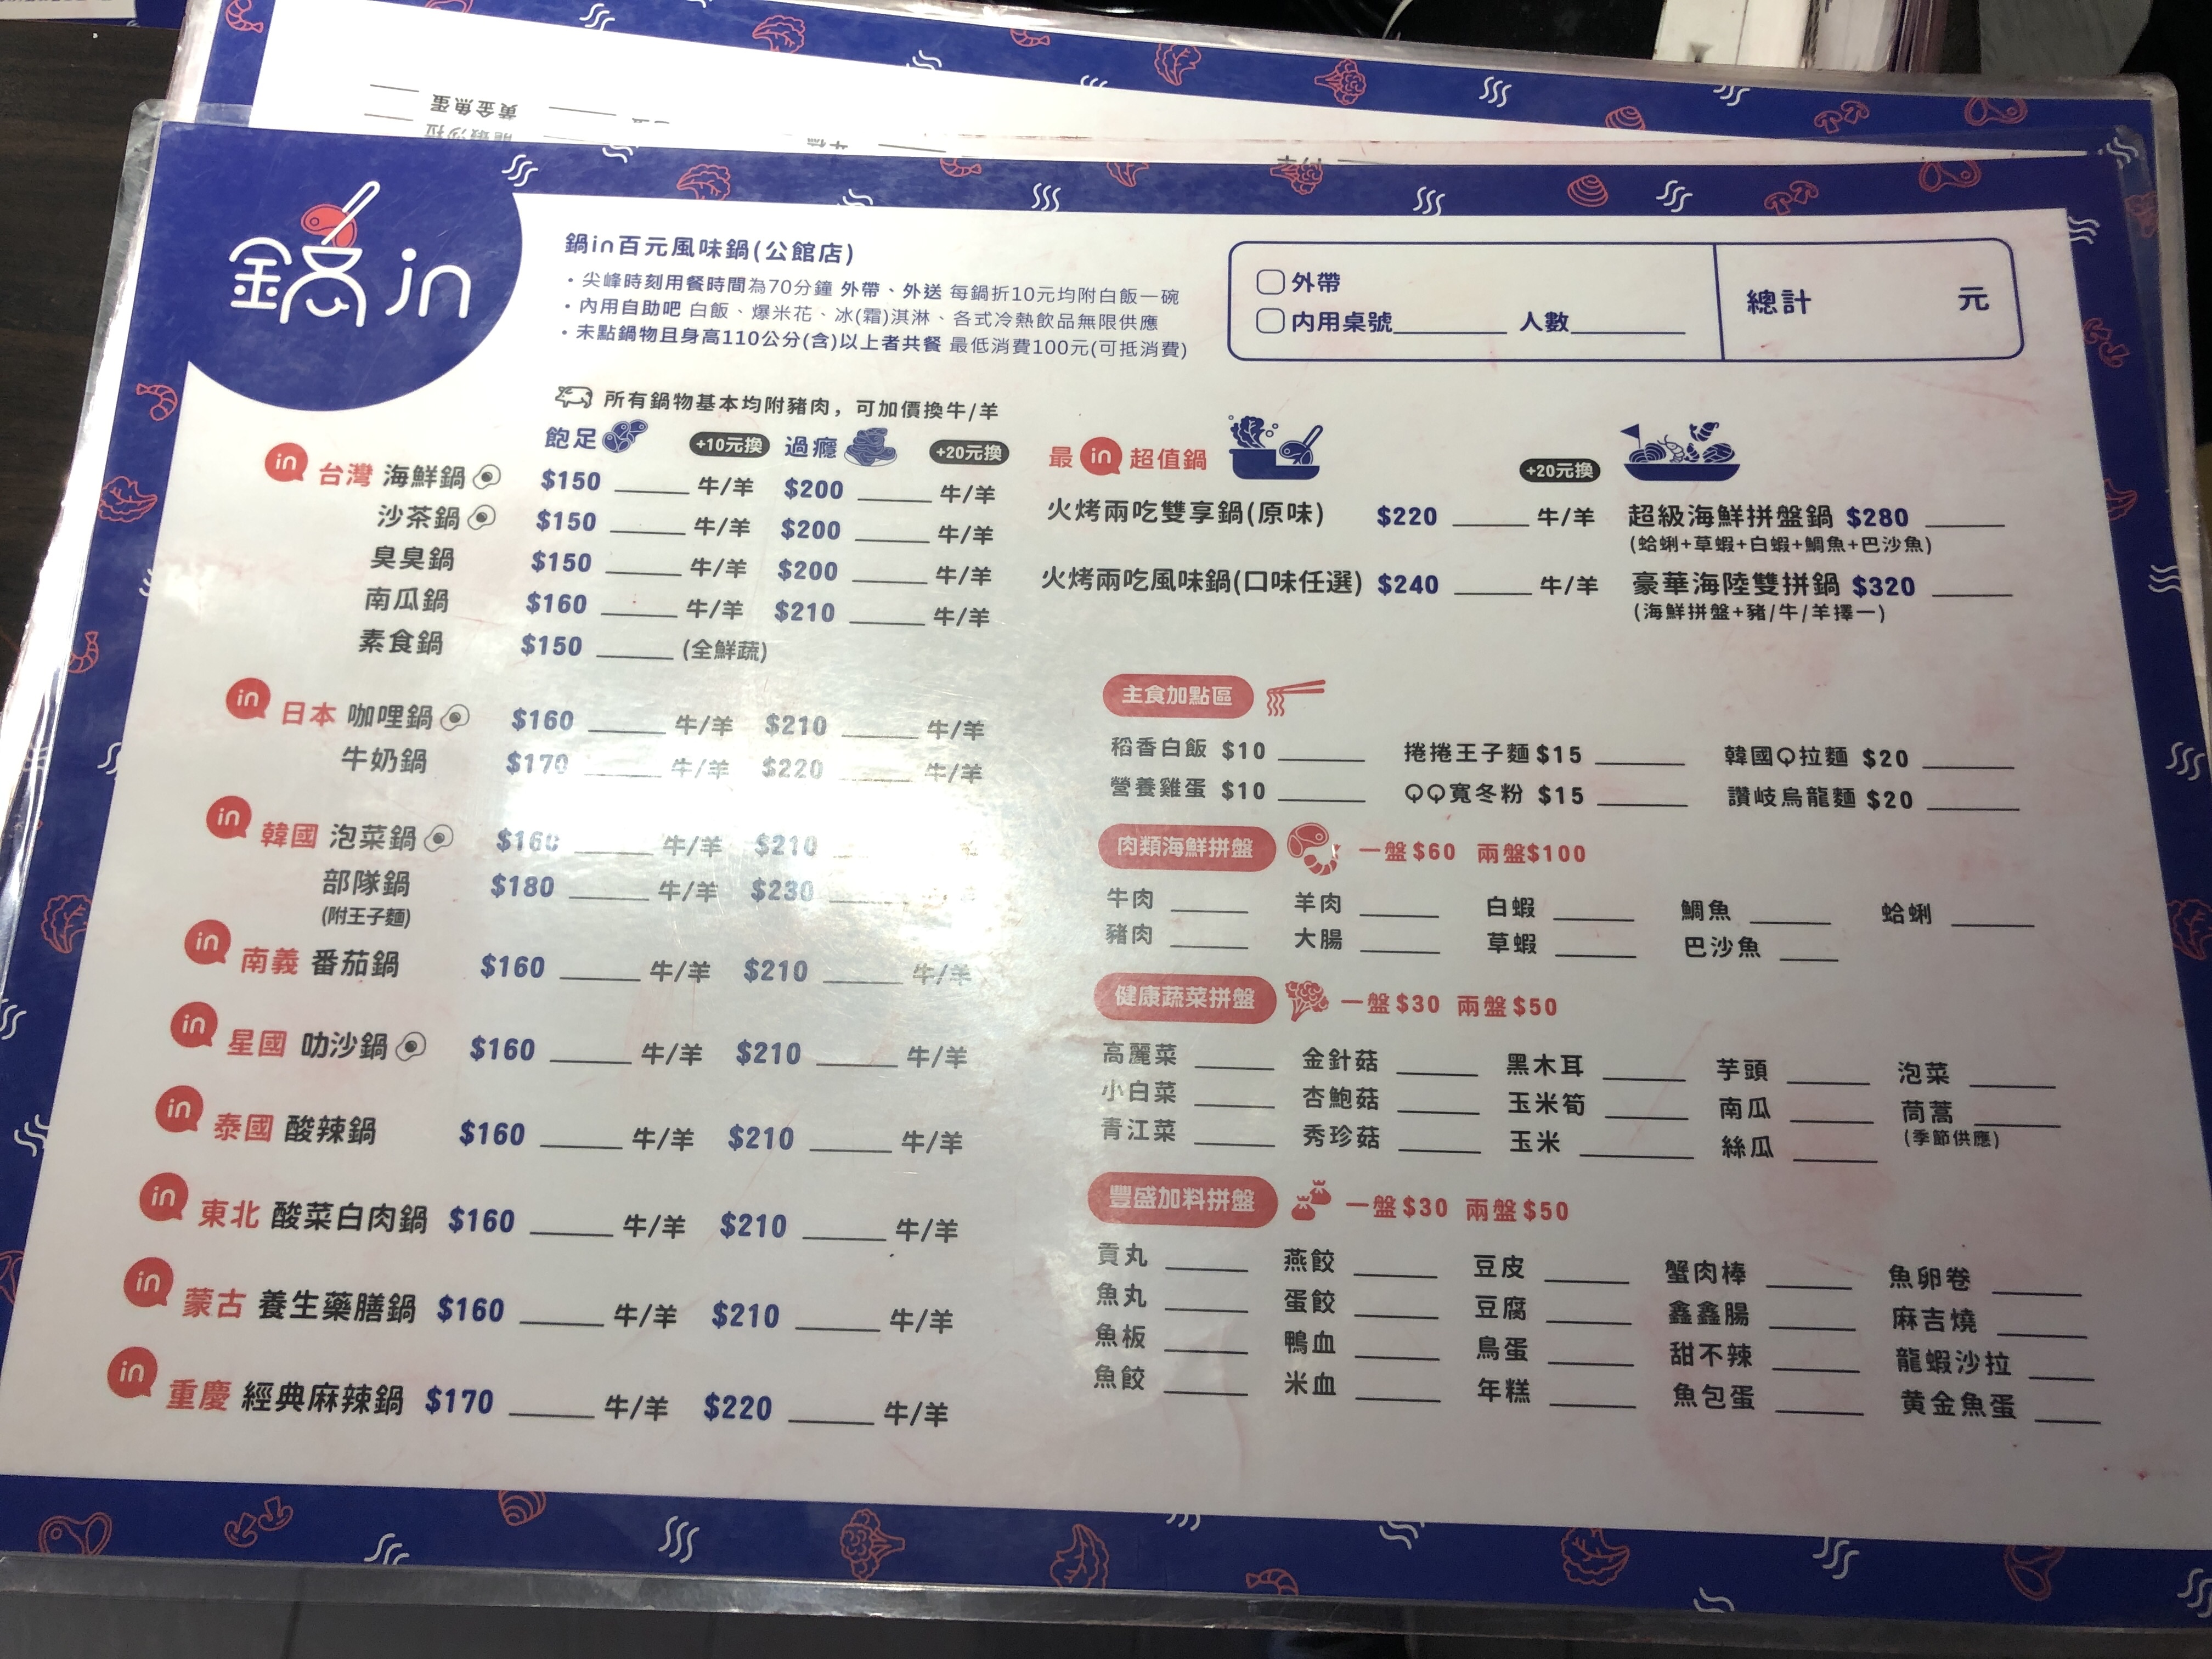
餐廳：金 jin 鍋in百元風味鍋(公館店)
菜單：
name: 台灣海鮮鍋
price: 150
name: 沙茶鍋
price: 150
name: 麻辣鍋
price: 160
name: 南瓜鍋
price: 150
name: 素食鍋
price: 150
name: 日本咖哩鍋
price: 160
name: 牛奶鍋
price: 170
name: 韓國泡菜鍋
price: 160
name: 部隊鍋 (附王子麵)
price: 180
name: 南義番茄鍋
price: 160
name: 星國叻沙鍋
price: 160
name: 泰國酸辣鍋
price: 160
name: 東北酸菜白肉鍋
price: 160
name: 蒙古養生藥膳鍋
price: 160
name: 重慶經典麻辣鍋
price: 170
name: 火烤兩吃雙享鍋(原味)
price: 220
name: 火烤兩吃風味鍋(口味任選)
price: 240
name: 超級海鮮拼盤鍋
price: 280
name: 豪華海陸雙拼鍋
price: 320
name: 稻香白飯
price: 10
name: 營養雞蛋
price: 10
name: 捲捲王子麵
price: 15
name: QQ寬冬粉
price: 15
name: 韓國Q拉麵
price: 20
name: 讚岐烏龍麵
price: 20
name: 肉類海鮮拼盤 (一盤)
price: 60
name: 肉類海鮮拼盤 (兩盤)
price: 100
name: 牛肉
price: -1
name: 豬肉
price: -1
name: 羊肉
price: -1
name: 大腸
price: -1
name: 白蝦
price: -1
name: 草蝦
price: -1
name: 鯛魚
price: -1
name: 巴沙魚
price: -1
name: 蛤蜊
price: -1
name: 健康蔬菜拼盤 (一盤)
price: 30
name: 健康蔬菜拼盤 (兩盤)
price: 50
name: 高麗菜
price: -1
name: 小白菜
price: -1
name: 青江菜
price: -1
name: 芋頭
price: -1
name: 金針菇
price: -1
name: 杏鮑菇
price: -1
name: 秀珍菇
price: -1
name: 木耳
price: -1
name: 玉米筍
price: -1
name: 玉米
price: -1
name: 南瓜
price: -1
name: 絲瓜
price: -1
name: 菇類
price: -1
name: 泡菜
price: -1
name: 豐盛加料拼盤 (一盤)
price: 30
name: 豐盛加料拼盤 (兩盤)
price: 50
name: 貢丸
price: -1
name: 魚丸
price: -1
name: 魚板
price: -1
name: 魚餃
price: -1
name: 燕餃
price: -1
name: 蛋餃
price: -1
name: 鴨血
price: -1
name: 米血
price: -1
name: 豆皮
price: -1
name: 豆腐
price: -1
name: 烏蛋
price: -1
name: 年糕
price: -1
name: 蟹肉棒
price: -1
name: 鑫鑫腸
price: -1
name: 甜不辣
price: -1
name: 魚包蛋
price: -1
name: 魚卵卷
price: -1
name: 麻吉燒
price: -1
name: 龍蝦沙拉
price: -1
name: 黃金魚蛋
price: -1